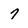
Character: 7